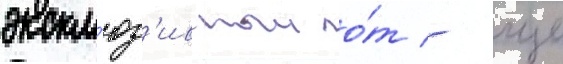
экскл'юз'ивныи о́т - еще